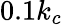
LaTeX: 0.1k_{c}